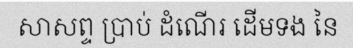
សាសព្ទ ប្រាប់ ដំណើរ ដើមទង នៃ